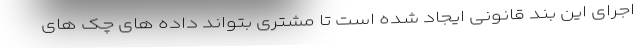
اجرای این بند قانونی ایجاد شده است تا مشتری بتواند داده های چک های